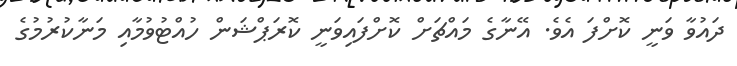
ދައުވާ ވަނީ ކޮށްފަ އެވެ. އޭނާގެ މައްޗަށް ކޮށްފައިވަނީ ކޮރަޕްޝަން ހުއްޓުވުމާއި މަނާކުރުމުގެ